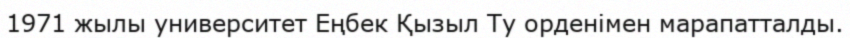
1971 жылы университет Еңбек Қызыл Ту орденімен марапатталды.